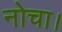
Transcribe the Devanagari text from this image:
नोचा।